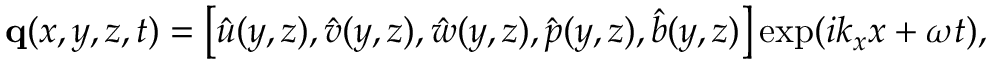
\mathbf { q } ( x , y , z , t ) = \left[ \hat { u } ( y , z ) , \hat { v } ( y , z ) , \hat { w } ( y , z ) , \hat { p } ( y , z ) , \hat { b } ( y , z ) \right] \exp ( { i k _ { x } x + \omega t } ) ,